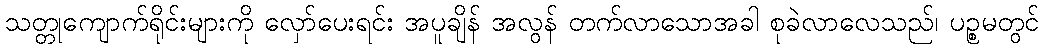
သတ္တုကျောက်ရိုင်းများကို လှော်ပေးရင်း အပူချိန် အလွန် တက်လာသောအခါ စုခဲလာလေသည်၊ ပဉ္စမတွင်